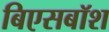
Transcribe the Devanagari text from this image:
बिएसबॉश